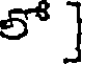
లో ]